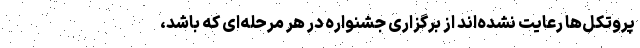
پروتکل‌ها رعایت نشده‌اند از برگزاری جشنواره در هر مرحله‌ای که باشد،